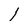
Character: 1